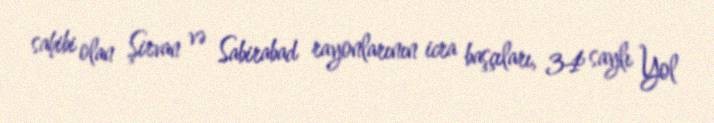
sahibi olan Şirvan və Sabirabad rayonlarının icra başçıları, 34 saylı Yol